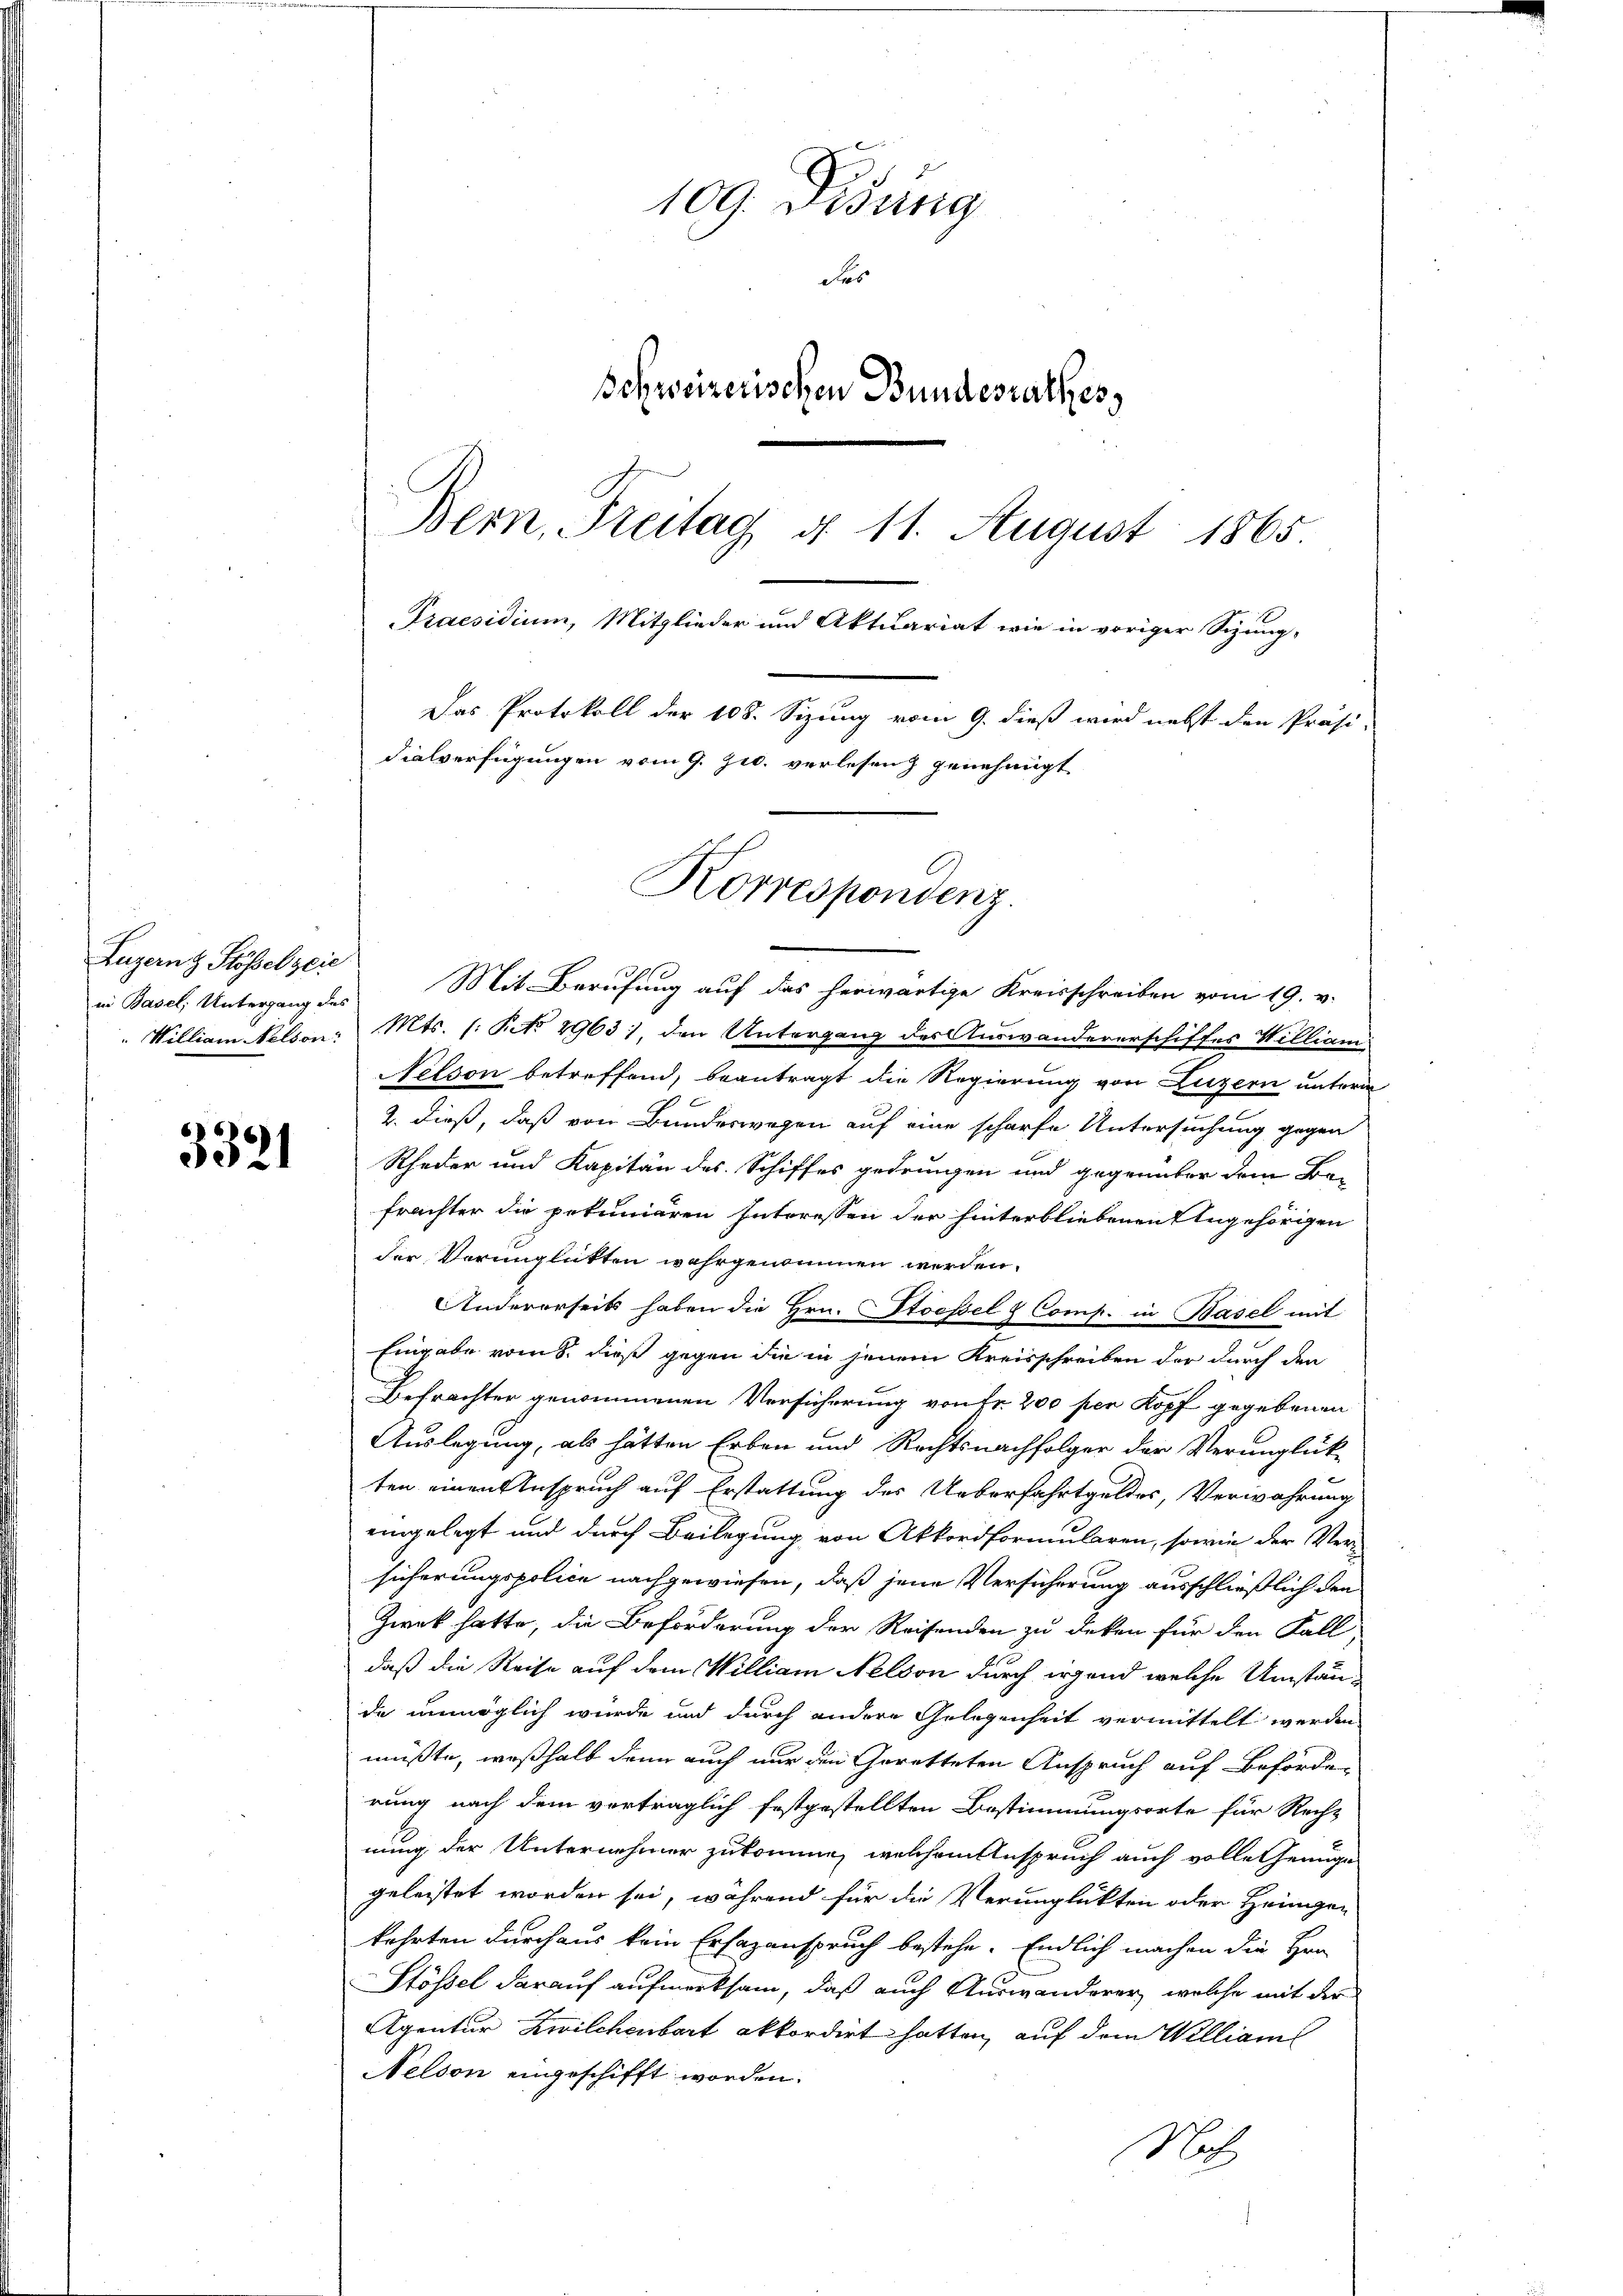
in Basel, Untergang des

3321

109. Disung
Fes
Schweizerischen Bundesrathes,
Bern, Steitag d. 11. August 1865
Praesidium, Mitglieder und Aktuariat wie in voriger Sizung-
Das Protokoll der 108. Sizung vom 9. dieß wird nebst den Präsi-
dialverfügungen vom 9. Jul. verlesen & genehmigt

Korrespondenz.

Luzernz Stösselstie Mit Berufung auf das herwärtige Kreisschreiben vom 19. v.
" William Nelson. Mts. (: Pcto 2963), den Untergang des Auswandererschiffes Williani
Nelson betreffend, beantragt die Regierung von Luzern unterm
2. dieß, daß von Bundeswegen auf eine scharfe Untersuchung gegen
Rheder und Kapitän des Schiffes gedrungen und gegenüber dem Be-
frachter die pekuniären Interessen der hinterbliebenen Angehörigen
der Verunglückten wahrgenommen werden.
Andererseits haben die Hrn. CStoessel & Comp. in Basel mit
Eingabe vom 8. dieß gegen die in jenem Kreisschreiben der durch den
Befrachter genommenen Versicherung von Fr. 200 per Kopf gegebenen
Auslegung, als hätten Erben und Rechtsnachfolger der Verunglück-
ten einen Anspruch auf Erstattung des Ueberfahrtgeldes, Verwahrung
eingelegt und durch Beilegung von Akkordformularen, sowie der Versicherungspolice nachgewiesen, daß jene Versicherung ausschließlich den
Zweck hatte, die Beförderung der Reisenden zu deken für den Fall
daß die Reise auf dem William Nelson durch irgend welche Umstände unmöglich wurde und durch andere Gelegenheit vermittelt werden
müßte, weßhalb dann auch nur den Geretteten Anspruch auf Beförderung nach dem verträglich festgestellten Bestimmungsorte für Recht
nung der Unternehmer zukomme, welchem Anspruch auch volle Genüge
geleistet worden sei, während für die Verunglükten oder Heimgen
kehrten durchaus kein Ersazanspruch bestehe. Endlich machen die Hrn
Stössel darauf aufmerksam, daß auch Auswanderer, welche mit der
Agentur Zwilchenbart akkordirt hatten, auf dem William
Nelson eingeschifft worden.
Not.